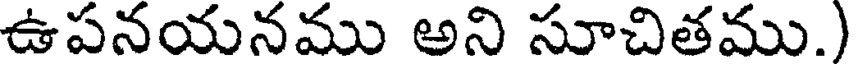
ఉపనయనము అని సూచితము.)